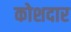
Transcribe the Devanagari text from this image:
कोशदार